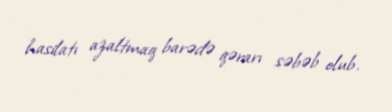
hasilatı azaltmaq barədə qərarı səbəb olub.